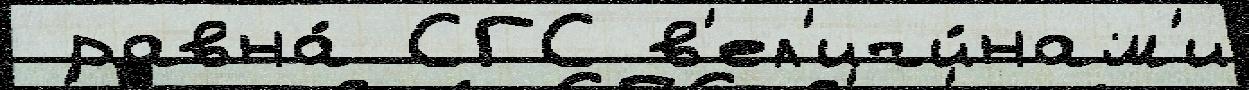
 равна́ СГС в'ел'ичи́нам'и